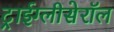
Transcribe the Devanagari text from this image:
ट्राईग्लीसेरॉल